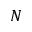
N